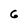
Character: 6